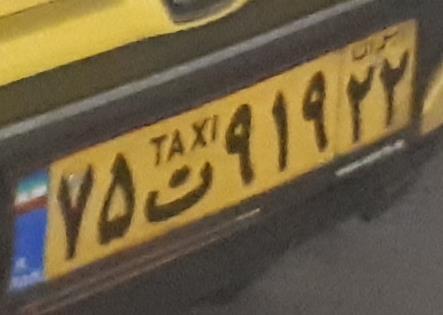
۷۵ت۹۱۹۲۲